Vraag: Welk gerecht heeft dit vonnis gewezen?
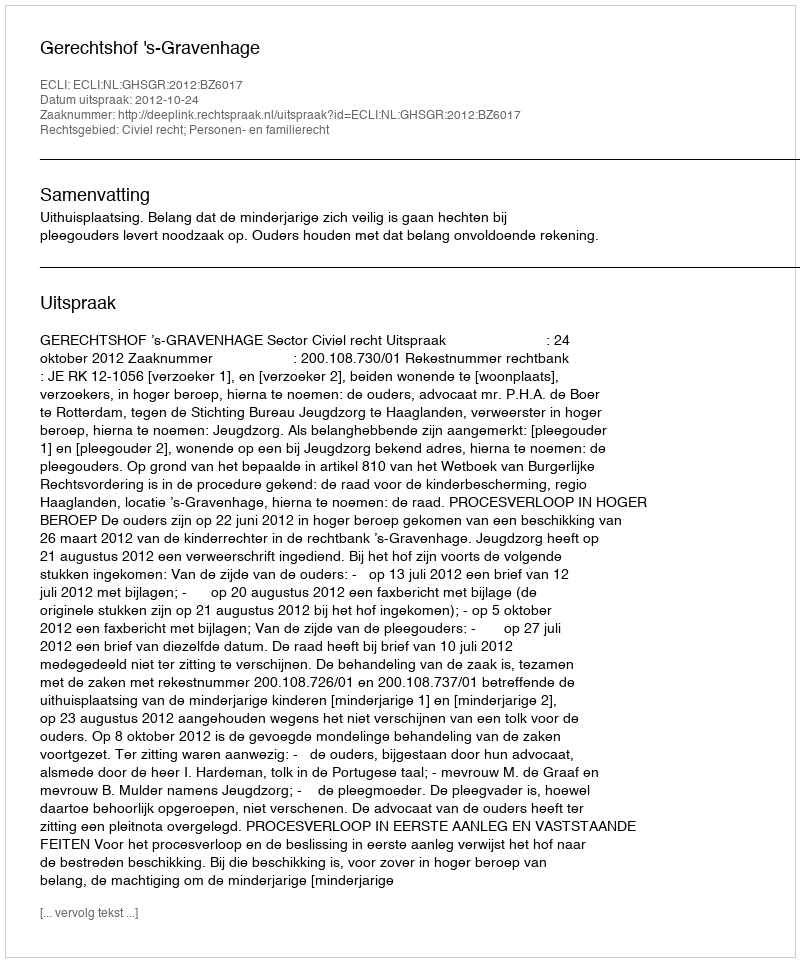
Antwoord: Gerechtshof 's-Gravenhage